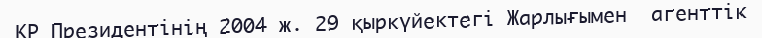
ҚР Президентінің 2004 ж. 29 қыркүйектегі Жарлығымен  агенттік